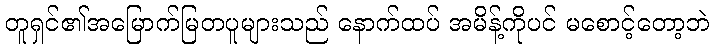
တူရှင်၏အမြောက်မြတပူများသည် နောက်ထပ် အမိန့်ကိုပင် မစောင့်တော့ဘဲ